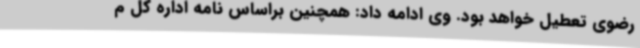
رضوی تعطیل خواهد بود. وی ادامه داد: همچنین براساس نامه اداره کل م